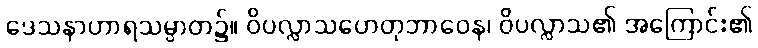
ဒေသနာဟာရသမ္ပာတ၌။ ဝိပလ္လာသဟေတုဘာဝေန၊ ဝိပလ္လာသ၏ အကြောင်း၏